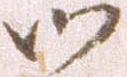
御